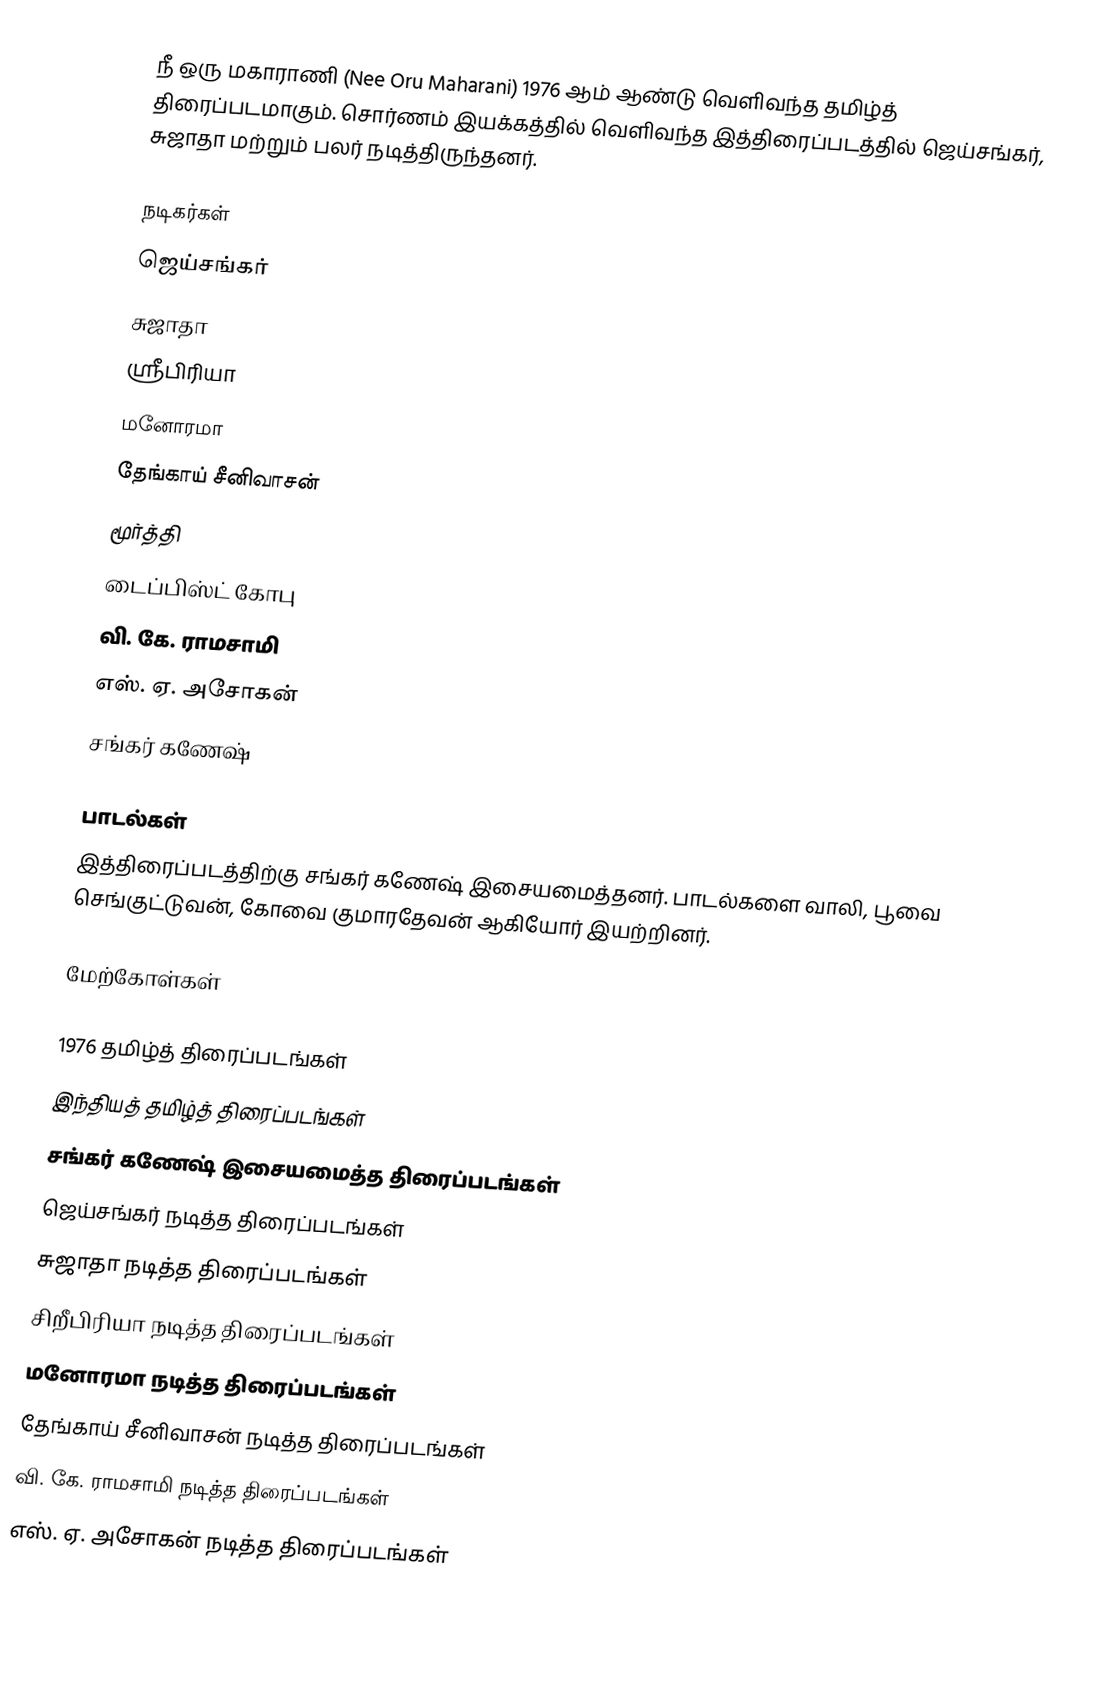
நீ ஒரு மகாராணி (Nee Oru Maharani) 1976 ஆம் ஆண்டு வெளிவந்த தமிழ்த் திரைப்படமாகும். சொர்ணம் இயக்கத்தில் வெளிவந்த இத்திரைப்படத்தில் ஜெய்சங்கர், சுஜாதா மற்றும் பலர் நடித்திருந்தனர்.

நடிகர்கள்
 ஜெய்சங்கர்
 சுஜாதா
 ஸ்ரீபிரியா
 மனோரமா
 தேங்காய் சீனிவாசன்
 மூர்த்தி
 டைப்பிஸ்ட் கோபு
 வி. கே. ராமசாமி
 எஸ். ஏ. அசோகன்
 சங்கர் கணேஷ்

பாடல்கள்
இத்திரைப்படத்திற்கு சங்கர் கணேஷ் இசையமைத்தனர். பாடல்களை வாலி, பூவை செங்குட்டுவன், கோவை குமாரதேவன் ஆகியோர் இயற்றினர்.

மேற்கோள்கள்

1976 தமிழ்த் திரைப்படங்கள்
இந்தியத் தமிழ்த் திரைப்படங்கள்
சங்கர் கணேஷ் இசையமைத்த திரைப்படங்கள்
ஜெய்சங்கர் நடித்த திரைப்படங்கள்
சுஜாதா நடித்த திரைப்படங்கள்
சிறீபிரியா நடித்த திரைப்படங்கள்
மனோரமா நடித்த திரைப்படங்கள்
தேங்காய் சீனிவாசன் நடித்த திரைப்படங்கள்
வி. கே. ராமசாமி நடித்த திரைப்படங்கள்
எஸ். ஏ. அசோகன் நடித்த திரைப்படங்கள்